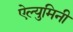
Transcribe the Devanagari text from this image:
ऐल्युमिनी